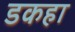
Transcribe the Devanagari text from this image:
डकहा